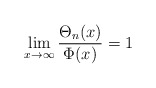
\begin{align*}\lim_{x\to\infty}\frac{\Theta_n(x)}{\Phi(x)}=1\end{align*}